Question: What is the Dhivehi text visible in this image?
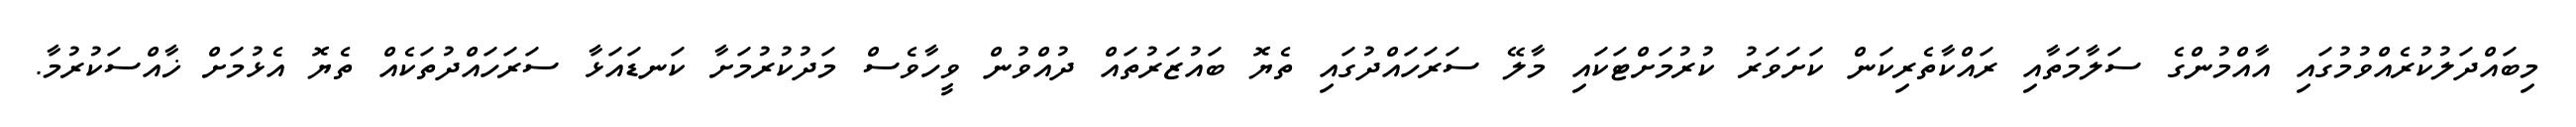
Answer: މިބައްދަލުކުރެއްވުމުގައި އާއްމުންގެ ސަލާމަތާއި ރައްކާތެރިކަން ކަށަވަރު ކުރުމަށްޓަކައި މާލޭ ސަރަހައްދުގައި ތެޔޮ ބައުޒަރުތައް ދުއްވުން ވީހާވެސް މަދުކުރުމަށާ ކަނޑައަޅާ ސަރަހައްދުތަކެއް ތެޔޮ އެޅުމަށް ޚާއްސަކުރުމާ.